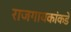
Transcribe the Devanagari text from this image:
राजगायकांकडे